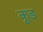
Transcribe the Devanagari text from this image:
कूड